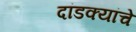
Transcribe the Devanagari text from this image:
दांडक्यांचे